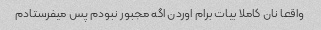
واقعا نان کاملا بیات برام اوردن اگه مجبور نبودم پس میفرستادم